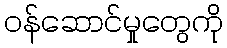
ဝန်ဆောင်မှုတွေကို